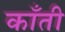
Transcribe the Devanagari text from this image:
काँती